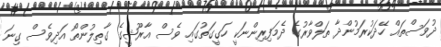
ދުވަސްތައް ހޭދަކުރަމުންދާ ތަލްވާރުގެ ދެމަފިރިންނަކީ ހަގީގަތުގައި ވެސް އާރޫޝީގެ ގާތިލުންތޯ އަދިވެސް ގިނަ